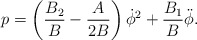
\begin{align*}p=\left(\frac{B_2}{B}- \frac{A}{2B} \right)\dot{\phi}^2 +\frac{B_1}{B}\ddot{\phi}.\end{align*}